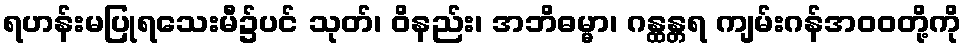
ရဟန်းမပြုရသေးမီ၌ပင် သုတ်၊ ဝိနည်း၊ အဘိဓမ္မာ၊ ဂန္ထန္တရ ကျမ်းဂန်အဝဝတို့ကို